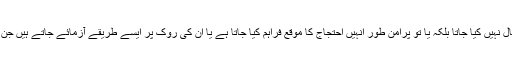
حالانکہ ایسی صورت حال میں دنیا میں کہیں بھی طاقت کا استعمال نہیں کیا جاتا بلکہ یا تو پرامن طور انہیں احتجاج کا موقع فراہم کیا جاتا ہے یا ان کی روک پر ایسے طریقے آزمائے جاتے ہیں جن سے اُنہیں کسی طرح کا کوئی نقصان پہنچنے کا اندیشہ نہیں رہتا۔